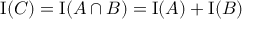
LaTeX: \operatorname { I } ( C ) = \operatorname { I } ( A \cap B ) = \operatorname { I } ( A ) + \operatorname { I } ( B )